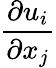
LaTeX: \frac{\partial u_{i}}{\partial x_{j}}